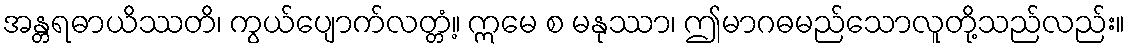
အန္တရဓာယိဿတိ၊ ကွယ်ပျောက်လတ္တံ့။ ဣမေ စ မနုဿာ၊ ဤမာဂဓမည်သောလူတို့သည်လည်း။